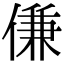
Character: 傔